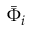
\bar { \Phi } _ { i }